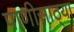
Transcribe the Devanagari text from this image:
पाणीसाठ्या